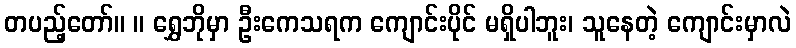
တပည့်တော်။ ။ ရွှေဘိုမှာ ဦးကေသရက ကျောင်းပိုင် မရှိပါဘူး၊ သူနေတဲ့ ကျောင်းမှာလဲ